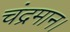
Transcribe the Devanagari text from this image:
चंद्रमान।